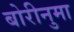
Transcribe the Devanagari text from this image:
बोरीनुमा